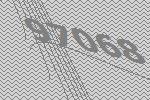
97068